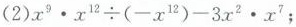
(2)$$x ^ { 9 } \cdot x ^ { 1 2 } \div \left ( - x ^ { 1 2 } \right ) -3 x ^ { 2 } \cdot x ^ { 7 }$$;